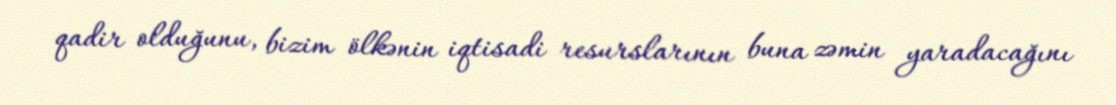
qadir olduğunu, bizim ölkənin iqtisadi resurslarının buna zəmin yaradacağını